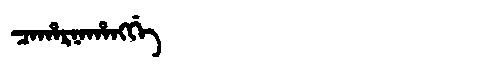
Manchu: ᠴᠠᡥᠠᡵᠨᠠᡥᠠᠩᡤᡝ
Romanization: CAHARNAHANGGE